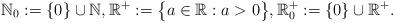
LaTeX: \begin{align*}{\mathbb N}_0:=\{0\}\cup {\mathbb N}, {\mathbb R}^+:= \big\{a\in {\mathbb R}: a> 0\big\}, {\mathbb R}^+_0:=\{0\}\cup {\mathbb R}^+.\end{align*}